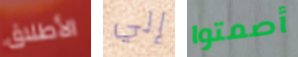
الأطلاق إلي أصمتوا